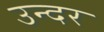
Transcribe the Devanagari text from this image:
उन्दर